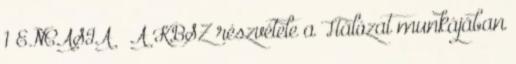
1 ENCASIA – A KBSZ részvétele a Hálózat munkájában